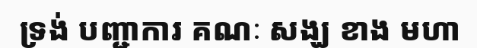
ទ្រង់ បញ្ជាការ គណៈ សង្ឃ ខាង មហា